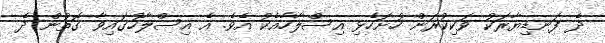
ދެ ފަނޑިޔާރަކު ވަކިކުރަން ހުށަހެޅި އިސްލާހާއެކު އެވެ. އެ އިސްލާހުގައިވާ ގޮތުން ދެ